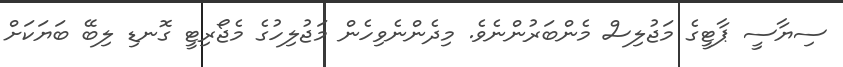
ސިޔާސީ ޕާޓީގެ މަޖުލިސް މެންބަރުންނެވެ. މިދެންނެވިހެން މަޖުލިހުގެ މެޖޯރިޓީ ގޮނޑި ލިބޭ ބަޔަކަށް